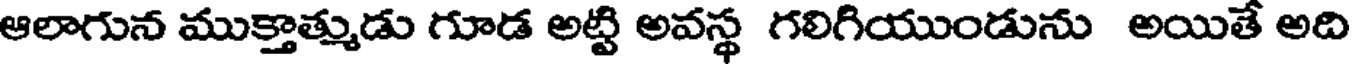
ఆలాగున ముక్తాత్ముడు గూడ అట్టి అవస్థ గలిగియుండును అయితే అది